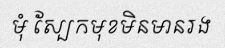
មុំ ស្បែកមុខមិនមានរង